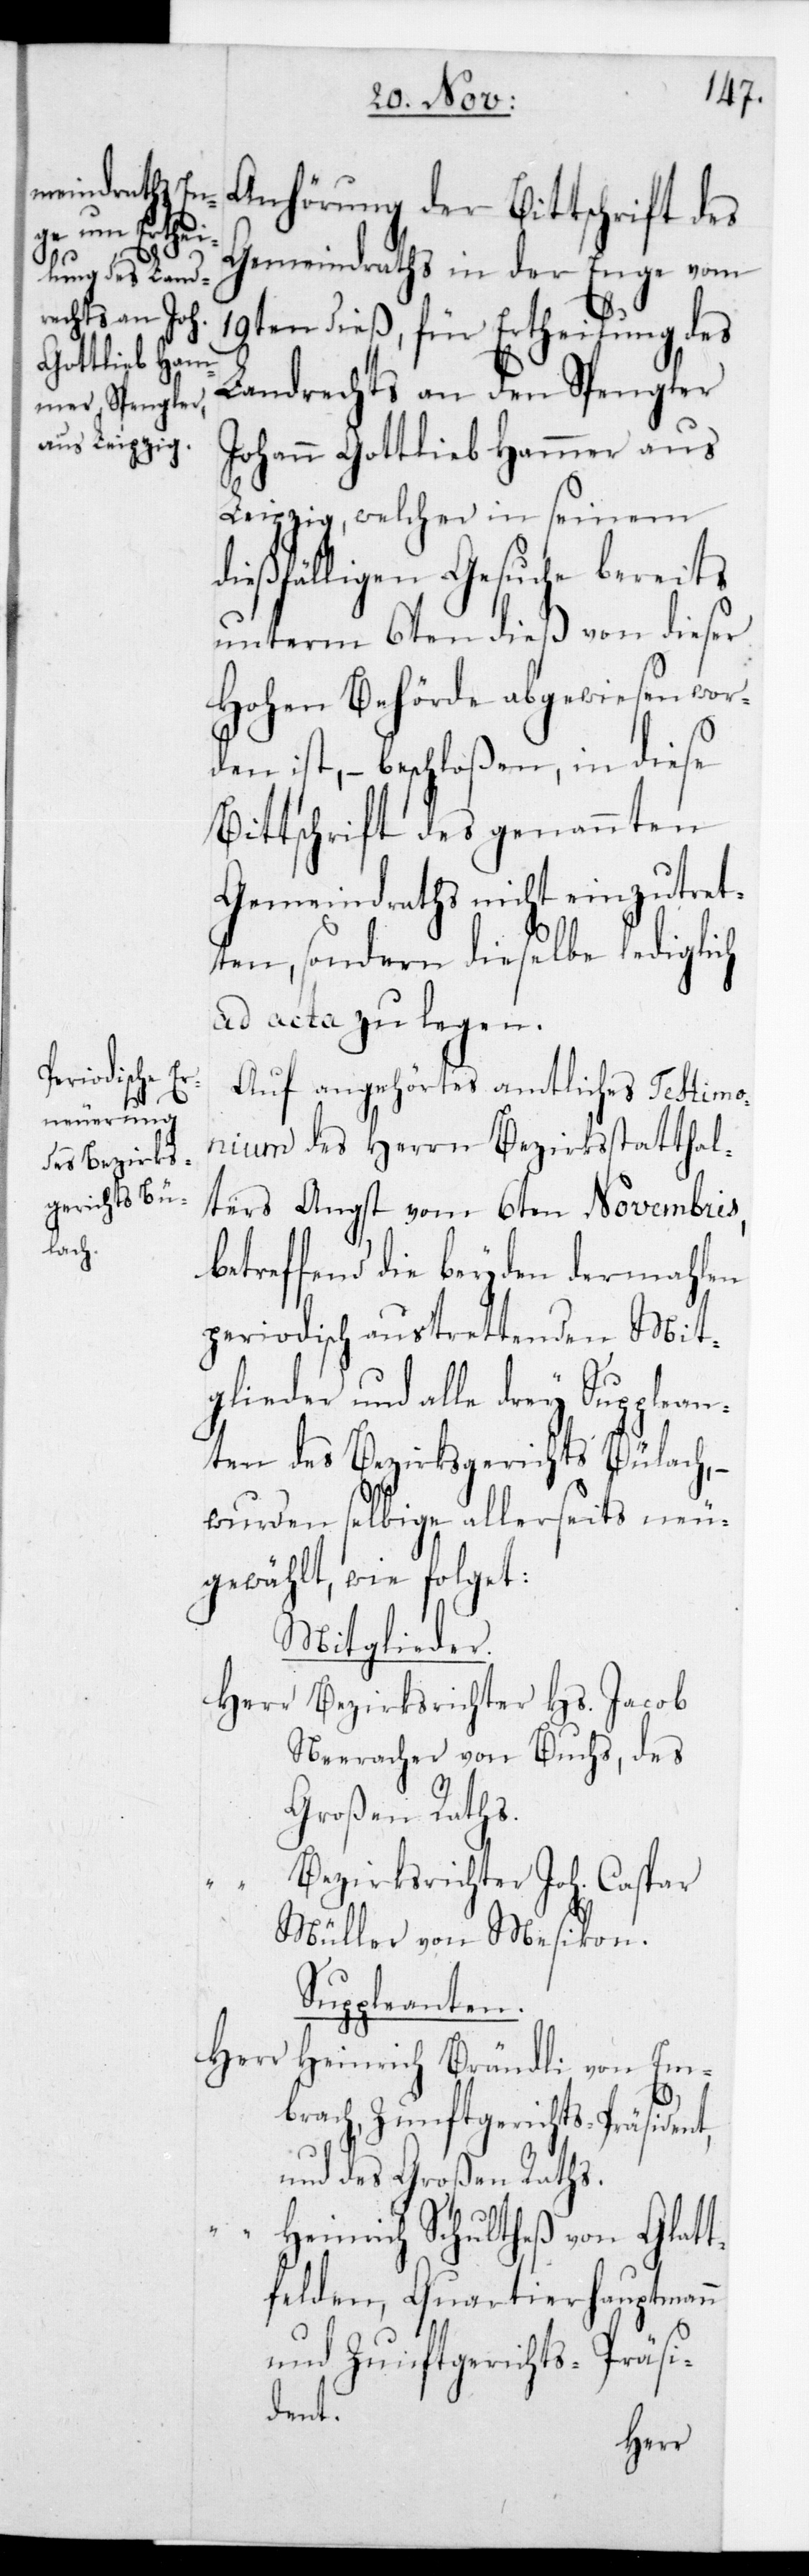
Anhörung der Bittschrift des
Gemeindraths in der Enge vom
19ten dieß, für Ertheilung des
Landrechts an den Spengler
Johann Gottlieb Hammer aus
Leipzig, welcher in seinem
dießfälligen Gesuche bereits
unterm 6ten dieß von dieser
Hohen Behörde abgewiesen wor¬
den ist, – beschloßen, in diese
Bittschrift des genannten
Gemeindraths nicht einzutret¬
ten, sondern dieselbe lediglich
ad acta zu legen.
Auf angehörtes amtliches Testimo¬
nium des Herrn Bezirksstatthal¬
ters Angst vom 6ten Novembris,
betreffend die beyden dermahlen
periodisch austrettenden Mit¬
glieder und alle drey Supplean¬
ten des Bezirksgerichts Bülach, –
wurden selbige allerseits neu¬
gewählt, wie folget:
Mitglieder.
Herr Bezirksrichter Hs. Jacob
Neeracher von Buchs, des
Großen Raths.
Bezirksrichter Joh. Caspar
Müller von Mesikon.
Suppleanten.
Herr
Heinrich Brändli von Em¬
brach, Zunftgerichts-Präsident
und des Großen Raths
Heinrich Schultheß von Glatt¬
felden, Quartierhauptmann
und Zunftgerichts-Präsi¬
dent